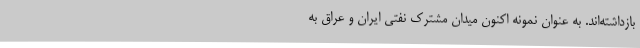
بازداشته‌اند. به عنوان نمونه اکنون میدان مشترک نفتی ایران و عراق به